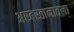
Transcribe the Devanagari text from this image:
अरबस्तानातला